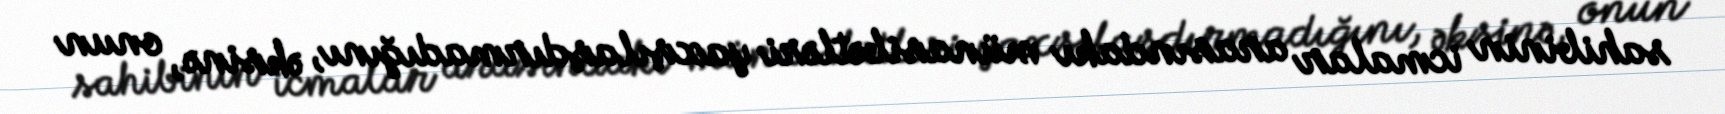
sahibinin icmalar arasındakı münasibətləri yaxşılaşdırmadığını, əksinə, onun